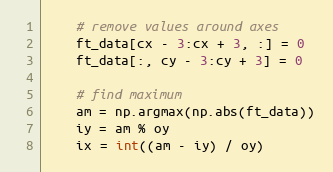
Language: Python
    # remove values around axes
    ft_data[cx - 3:cx + 3, :] = 0
    ft_data[:, cy - 3:cy + 3] = 0

    # find maximum
    am = np.argmax(np.abs(ft_data))
    iy = am % oy
    ix = int((am - iy) / oy)